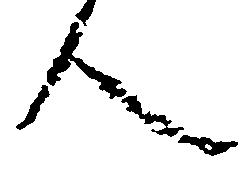
人